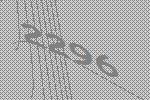
2296